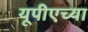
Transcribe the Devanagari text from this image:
यूपीएच्या